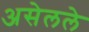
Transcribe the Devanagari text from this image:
असेलले